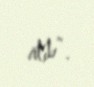
atıb”.